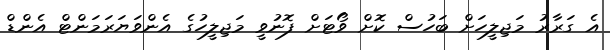
އެ ގަރާރު މަޖިލީހަށް ބަހުސް ކޮށް ވޯޓަށް ފޮނުވީ މަޖިލީހުގެ އެންވަޔަރަމަންޓް އެންޑް